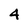
Character: 4